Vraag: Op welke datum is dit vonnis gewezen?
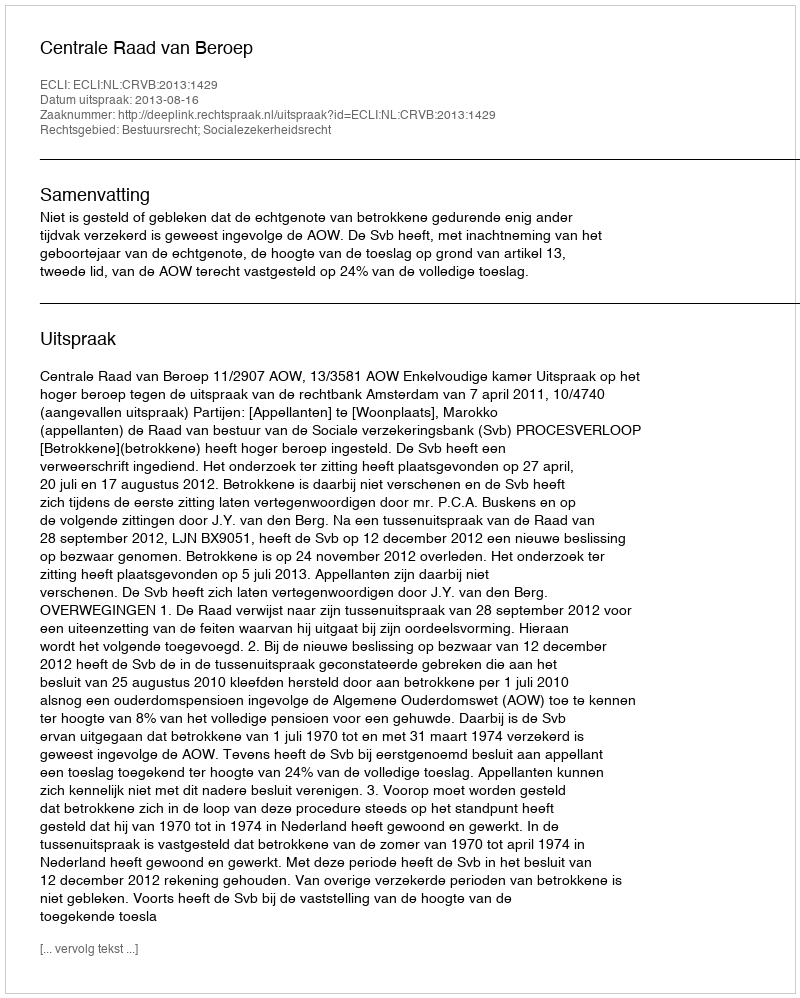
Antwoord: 2013-08-16